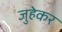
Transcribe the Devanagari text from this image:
जुहेकर